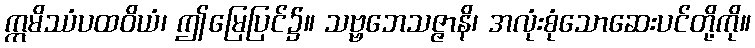
ဣမိဿံပထဝိယံ၊ ဤမြေပြင်၌။ သဗ္ဗဘေသဇ္ဇာနိ၊ အလုံးစုံသောဆေးပင်တို့ကို။